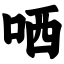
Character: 哂